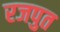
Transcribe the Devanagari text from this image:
रजपुत